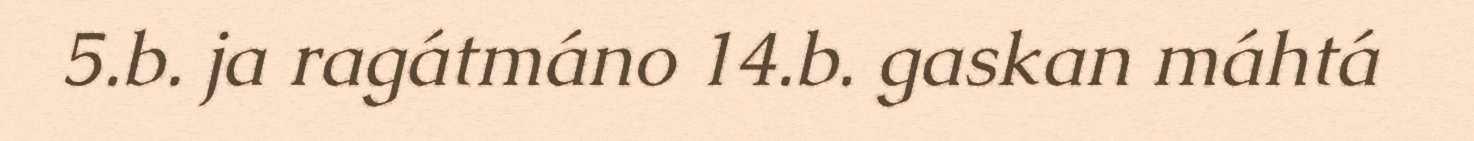
5.b. ja ragátmáno 14.b. gaskan máhtá